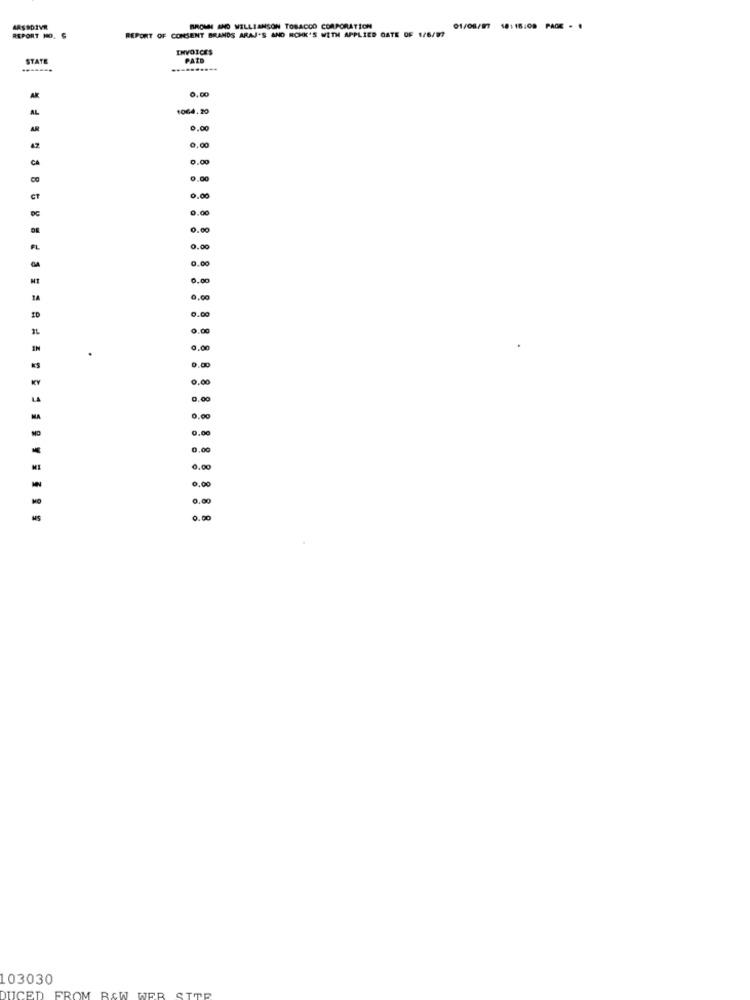
AASSDIVR
REPORT OF CONSENT BRANDS ARAJ'S AND ROMK'S WITH APPLIED GATE OF 1/6/97
BROWN AND WILLIAMSON TOBACCO CORPORATION
01/06/97 18:16:00 PADE . .
REPORT NO.
INVOICES
STATE
PAID
------.
0.00
AL
1064. 20
0.00
0,00
CA
0.00
0.00
0.00
DC
0.00
0.00
FL
0.00
0.00
0.00
0.60
0.00
0.00
EN
0.00
KY
0.00
LA
0.00
0.00
0.00
0.00
ME
0.00
0.00
0.00
0.00
103030
R.CW
DUCED
FROM